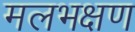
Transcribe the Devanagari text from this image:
मलभक्षण